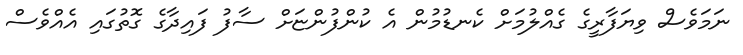
ނަމަވެސް ވިޔަފާރީގެ ގެއްލުމަށް ކެނޑުމުން އެ ކުންފުންޏަށް ސާފު ފައިދާގެ ގޮތުގައި އެއްވެސް